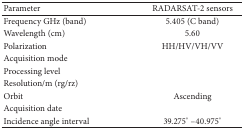
<table><thead><tr><td><b>Parameter</b></td><td><b>RADARSAT-2 sensors</b></td></tr></thead><tbody><tr><td>Frequency GHz (band)</td><td>5.405 (C band)</td></tr><tr><td>Wavelength (cm)</td><td>5.60</td></tr><tr><td>Polarization</td><td>HH/HV/VH/VV</td></tr><tr><td>Acquisition mode</td><td>[EMPTY_CELL]</td></tr><tr><td>Processing level</td><td>[EMPTY_CELL]</td></tr><tr><td>Resolution/m (rg/rz)</td><td>[EMPTY_CELL]</td></tr><tr><td>Orbit</td><td>Ascending</td></tr><tr><td>Acquisition date</td><td>[EMPTY_CELL]</td></tr><tr><td>Incidence angle interval</td><td>39.275°–40.975°</td></tr></tbody></table>